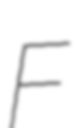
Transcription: F